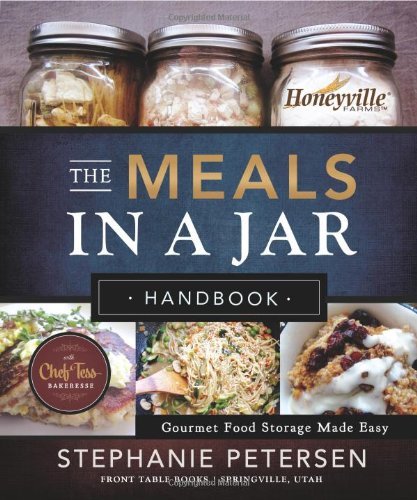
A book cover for The Meals in a Jar Handbook: Gourmet Food Storage Made Easy; Stephanie Petersen; Cookbooks, Food & Wine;